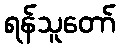
ရန်သူတော်